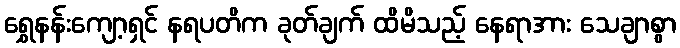
ရွှေနန်းကျော့ရှင် နရပတိက ခုတ်ချက် ထိမိသည့် နေရာအား သေချာစွာ